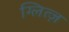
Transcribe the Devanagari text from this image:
ग्लित्ज़